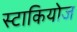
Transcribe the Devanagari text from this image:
स्टाकियोज